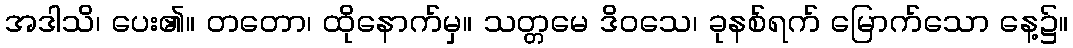
အဒါသိ၊ ပေး၏။ တတော၊ ထိုနောက်မှ။ သတ္တမေ ဒိဝသေ၊ ခုနစ်ရက် မြောက်သော နေ့၌။